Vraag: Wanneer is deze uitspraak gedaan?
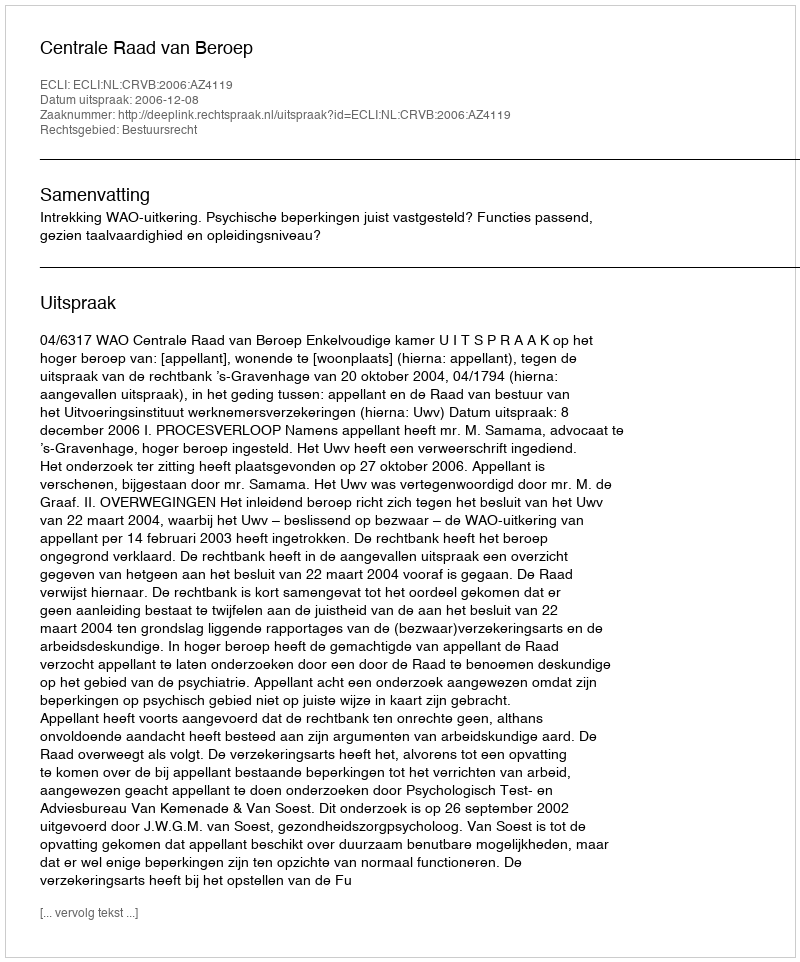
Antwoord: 2006-12-08